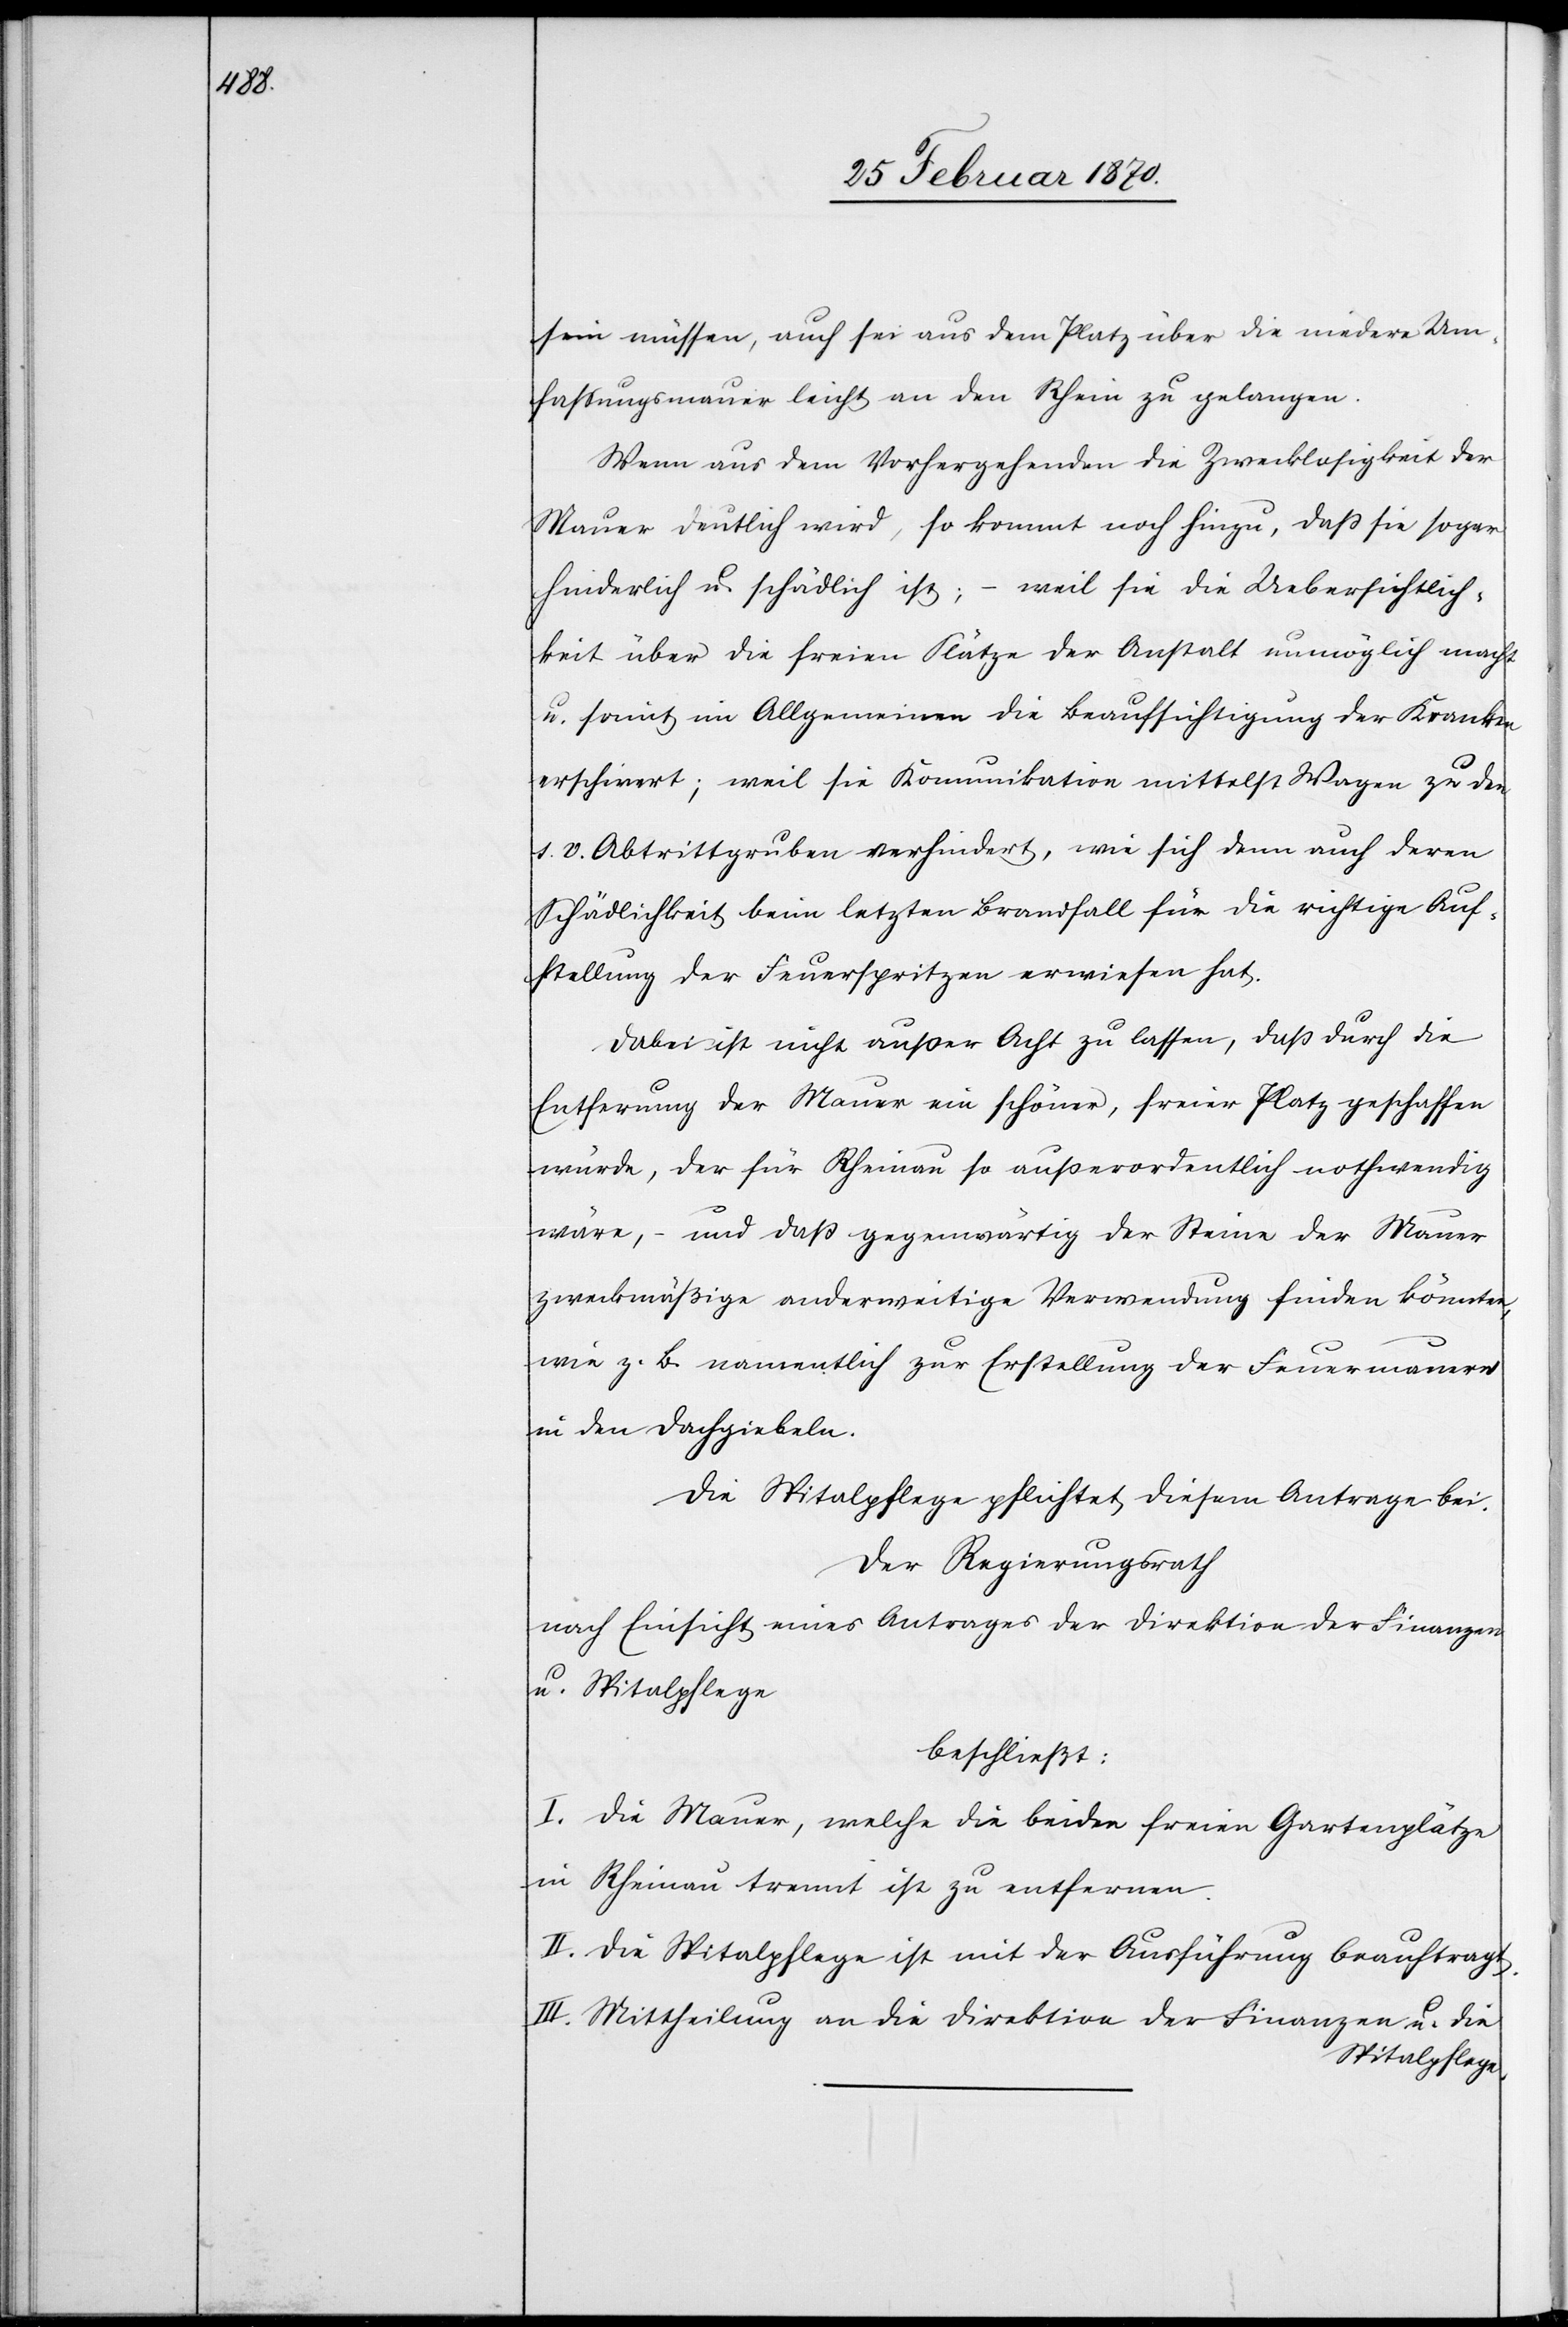
sein müssen, auch sei aus dem Platz über die niedere Um¬
faßungsmauer leicht an den Rhein zu gelangen.
Wenn aus dem Vorhergehenden die Zwecklosigkeit der
Mauer deutlich wird, so kommt noch hinzu, daß sie sogar
hinderlich u. schädlich ist; – weil sie die Uebersichtlich¬
keit über die freien Plätze der Anstalt unmöglich macht
u. somit im Allgemeinen die Beaufsichtigung der Kranken
erschwert; weil sie Kommunikation mittelst Wagen zu den
s. v. Abtrittgruben verhindert, wie sich denn auch deren
Schädlichkeit beim letzten Brandfall für die richtige Auf¬
stellung der Feuerspritzen erwiesen hat.
Dabei ist nicht außer Acht zu lassen, daß durch die
Entfernung der Mauer ein schöner, freier Platz geschaffen
würde, der für Rheinau so außerordentlich nothwendig
wäre, – und daß gegenwärtig der Steine zweckmäßige
wie z. B. namentlich zur Erstellung der Feuermauern
in den Dachgiebeln.
Die Spitalpflege pflichtet diesem Antrage bei.
Der Regierungsrath
nach Einsicht eines Antrages der Direktion der Finanzen
u. Spitalpflege
beschließt:
I. Die Mauer, welche die beiden freien Gartenplätze
in Rheinau trennt ist zu entfernen.
II. Die Spitalpflege ist mit der Ausführung beauftragt.
III. Mittheilung an die Direktion der Finanzen u. die
Spitalpflege.